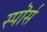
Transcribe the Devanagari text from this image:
स्पॊर्स